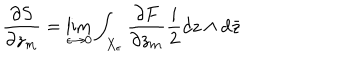
LaTeX: \frac { \partial S } { \partial z _ { m } } = \lim _ { \epsilon \rightarrow 0 } \int _ { X _ { \epsilon } } \frac { \partial F } { \partial z _ { m } } \frac { i } { 2 } d z \wedge d \bar { z }